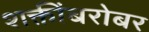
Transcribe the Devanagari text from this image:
शक्तींबरोबर